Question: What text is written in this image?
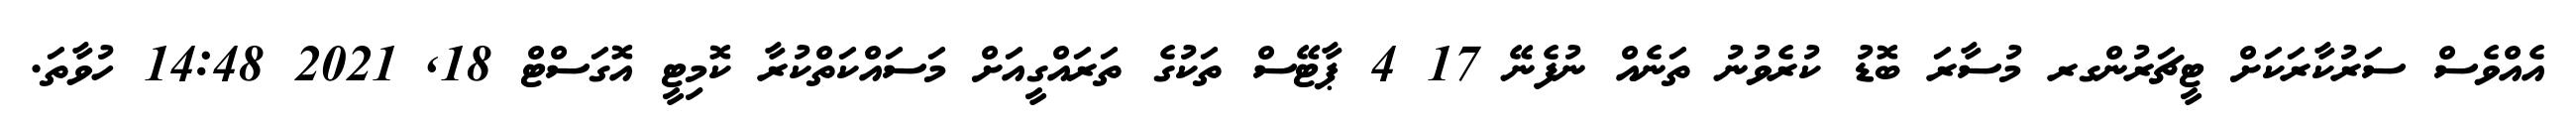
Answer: އެއްވެސް ސަރުކާރަކަށް ޓީޗަރުންގރ މުސާރަ ބޮޑު ކުރެވުނު ތަނެއް ނުފެނޭ 17 4 ޕާޓޭސް ތަކުގެ ތަރައްގީއަށް މަސައްކަތްކުރާ ކޮމިޓީ އޮގަސްޓް 18, 2021 14:48 ހުވާތަ.